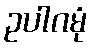
ဥပါဂမုံ